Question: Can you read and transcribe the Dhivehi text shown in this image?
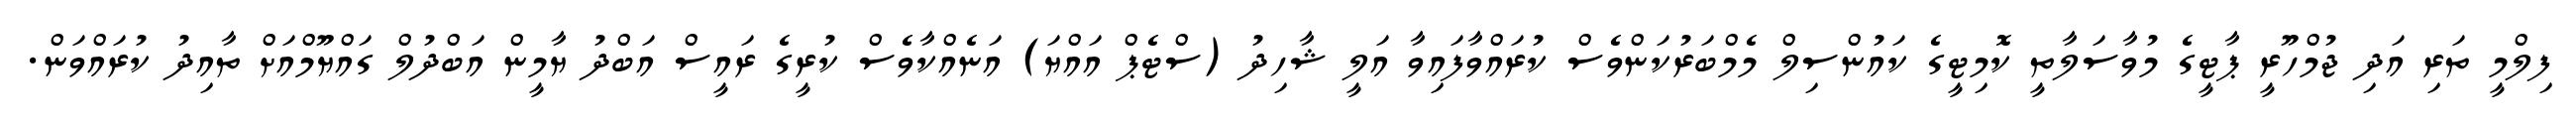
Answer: ފިލްމީ ތަރި އަދި ޖުމްހޫރީ ޕާޓީގެ މުވާސަލާތީ ކޮމިޓީގެ ކައުންސިލް މެމްބަރުކަންވެސް ކުރައްވާފައިވާ އަލީ ޝާހިދު (ސްޓެޕް އައްޔަ) އަނެއްކާވެސް ކުރީގެ ރައީސް އަބްދު ޔާމީން އަބްދުލް ގައްޔޫމްއަށް ތާއިދު ކުރައްވަން.